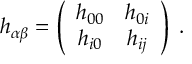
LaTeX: h _ { \alpha \beta } = \left( \begin{array} { c c } { { h _ { 0 0 } } } & { { h _ { 0 i } } } \\ { { h _ { i 0 } } } & { { h _ { i j } } } \end{array} \right) \; .